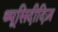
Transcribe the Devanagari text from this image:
थ्यूसिदीदिज़